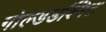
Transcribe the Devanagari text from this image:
गोल्डडश्मिट